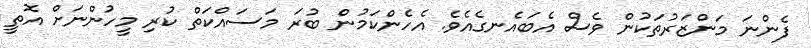
ފެންނަ މަންޒަރުތަކުން ވެސް އެބައެނގެއެވެ. އެހެންކަމުން ބުރަ މަސައްކަތް ކުރި މީހުންނަށް އޮތީ